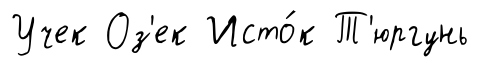
Учек Оз'ек Исто́к Т'юргунь